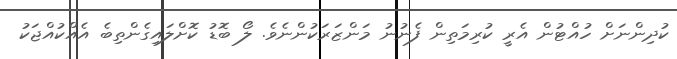
ކުދިންނަށް ހުއްޓުން އެރީ ކުރިމަތިން ފެނުނު މަންޒަރަކުންނެވެ. ލޯ ބޮޑު ކޮށްލައިގެންތިބެ އެއްކުއްޖަކު